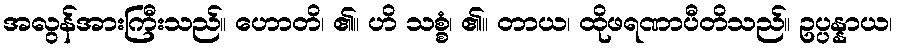
အလွန်အားကြီးသည်။ ဟောတိ၊ ၏။ ဟိ သစ္စံ၊ ၏။ တာယ၊ ထိုဖရဏာပီတိသည်။ ဥပ္ပန္နာယ၊